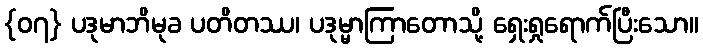
{၀၇} ပဒုမာဘိမုခ ပတိတဿ၊ ပဒုမ္မာကြာတောသို့ ရှေးရှုရောက်ပြီးသော။